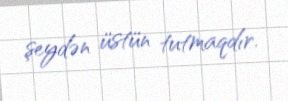
şeydən üstün tutmaqdır.